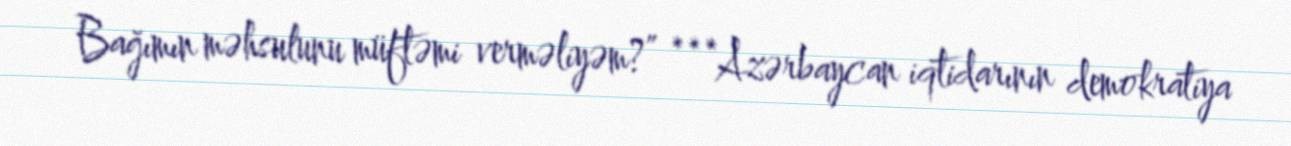
Bağımın məhsulunu müftəmi verməliyəm?” ***Azərbaycan iqtidarının demokratiya